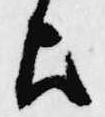
歟